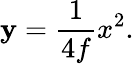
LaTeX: \mathbf{y}={\frac{{1}}{{4f}}}x^{2}.